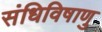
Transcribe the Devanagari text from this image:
संधिविषाणु